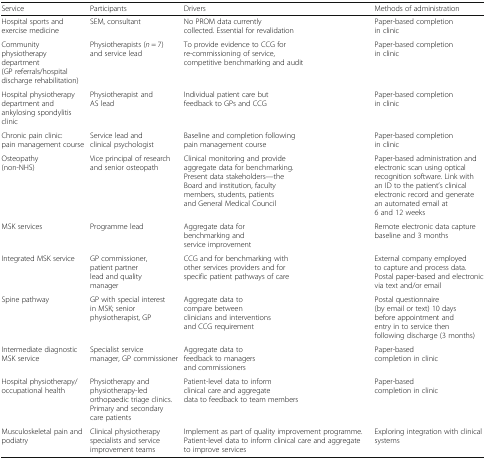
<table><thead><tr><td><b>Service</b></td><td><b>Participants</b></td><td><b>Drivers</b></td><td><b>Methods of administration</b></td></tr></thead><tbody><tr><td>Hospital sports and exercise medicine</td><td>SEM, consultant</td><td>No PROM data currently collected. Essential for revalidation</td><td>Paper-based completion in clinic</td></tr><tr><td>Community physiotherapy department (GP referrals/hospital discharge rehabilitation)</td><td>Physiotherapists (<i>n</i> = 7) and service lead</td><td>To provide evidence to CCG for re-commissioning of service, competitive benchmarking and audit</td><td>Paper-based completion in clinic</td></tr><tr><td>Hospital physiotherapy department and ankylosing spondylitis clinic</td><td>Physiotherapist and AS lead</td><td>Individual patient care but feedback to GPs and CCG</td><td>Paper-based completion in clinic</td></tr><tr><td>Chronic pain clinic: pain management course</td><td>Service lead and clinical psychologist</td><td>Baseline and completion following pain management course</td><td>Paper-based completion in clinic</td></tr><tr><td>Osteopathy (non-NHS)</td><td>Vice principal of research and senior osteopath</td><td>Clinical monitoring and provide aggregate data for benchmarking. Present data stakeholders—the Board and institution, faculty members, students, patients and General Medical Council</td><td>Paper-based administration and electronic scan using optical recognition software. Link with an ID to the patient’s clinical electronic record and generate an automated email at 6 and 12 weeks</td></tr><tr><td>MSK services</td><td>Programme lead</td><td>Aggregate data for benchmarking and service improvement</td><td>Remote electronic data capture baseline and 3 months</td></tr><tr><td>Integrated MSK service</td><td>GP commissioner, patient partner lead and quality manager</td><td>CCG and for benchmarking with other services providers and for specific patient pathways of care</td><td>External company employed to capture and process data. Postal paper-based and electronic via text and/or email</td></tr><tr><td>Spine pathway</td><td>GP with special interest in MSK; senior physiotherapist, GP</td><td>Aggregate data to compare between clinicians and interventions and CCG requirement</td><td>Postal questionnaire (by email or text) 10 days before appointment and entry in to service then following discharge (3 months)</td></tr><tr><td>Intermediate diagnostic MSK service</td><td>Specialist service manager, GP commissioner</td><td>Aggregate data to feedback to managers and commissioners</td><td>Paper-based completion in clinic</td></tr><tr><td>Hospital physiotherapy/occupational health</td><td>Physiotherapy and physiotherapy-led orthopaedic triage clinics. Primary and secondary care patients</td><td>Patient-level data to inform clinical care and aggregate data to feedback to team members</td><td>Paper-based completion in clinic</td></tr><tr><td>Musculoskeletal pain and podiatry</td><td>Clinical physiotherapy specialists and service improvement teams</td><td>Implement as part of quality improvement programme. Patient-level data to inform clinical care and aggregate to improve services</td><td>Exploring integration with clinical systems</td></tr></tbody></table>